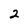
Character: 2